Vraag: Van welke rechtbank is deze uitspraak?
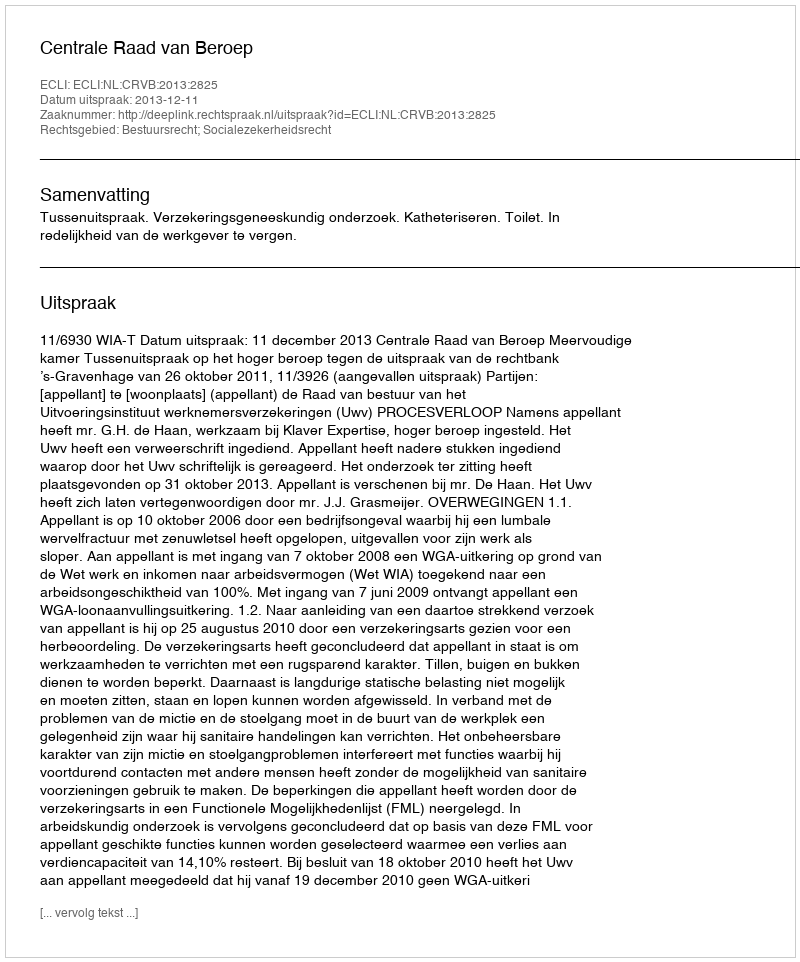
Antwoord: Centrale Raad van Beroep